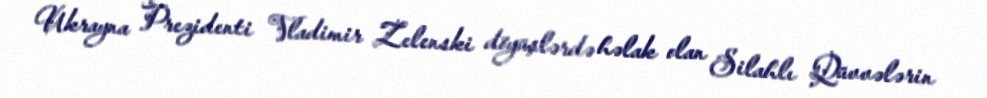
Ukrayna Prezidenti Vladimir Zelenski döyüşlərdə həlak olan Silahlı Qüvvələrin